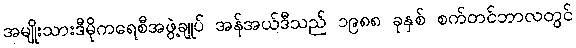
အမျိုးသားဒီမိုကရေစီအဖွဲ့ချုပ် အန်အယ်ဒီသည် ၁၉၈၈ ခုနှစ် စက်တင်ဘာလတွင်